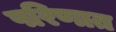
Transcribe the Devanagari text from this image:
परिणात